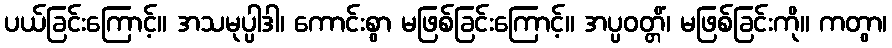
ပယ်ခြင်းကြောင့်။ အသမုပ္ပါဒါ၊ ကောင်းစွာ မဖြစ်ခြင်းကြောင့်။ အပ္ပဝတ္တိံ၊ မဖြစ်ခြင်းကို။ ကတွာ၊